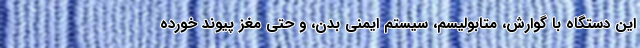
این دستگاه با گوارش، متابولیسم، سیستم ایمنی بدن، و حتی مغز پیوند خورده